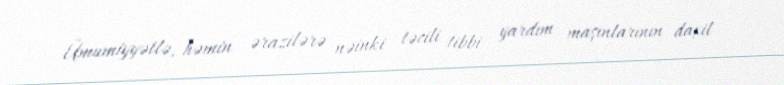
Ümumiyyətlə, həmin ərazilərə nəinki təcili tibbi yardım maşınlarının daxil